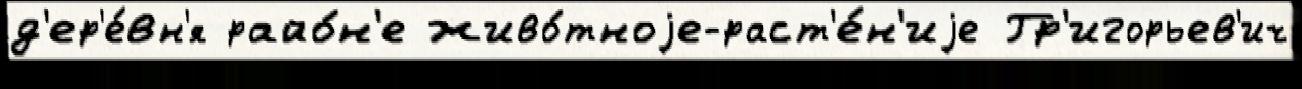
д'ер'е́вн'я райо́н'е живо́тноjе-раст'е́н'иjе Гр'игорьев'ич